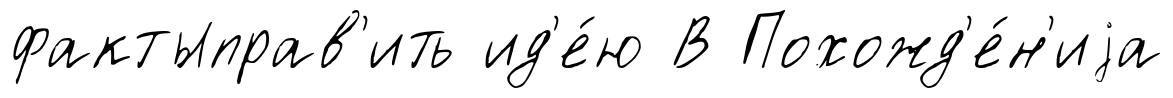
фактыправ'ить ид'е́ю В Похожд'е́н'иjа